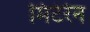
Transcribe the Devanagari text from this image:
मिंटेरेन